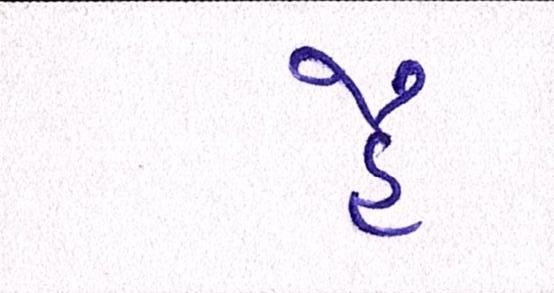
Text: હૈ